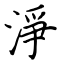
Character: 淨